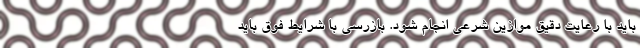
باید با رعایت دقیق موازین شرعی انجام شود. بازرسی با شرایط فوق باید